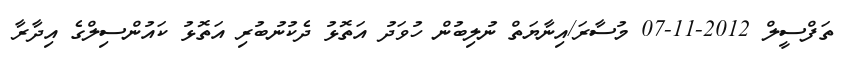
ތަފްސީލް 2012-11-07 މުސާރަ/އިނާޔަތް ނުލިބުން ހުވަދު އަތޮޅު ދެކުނުބުރި އަތޮޅު ކައުންސިލްގެ އިދާރާ